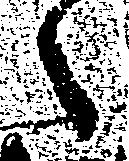
之